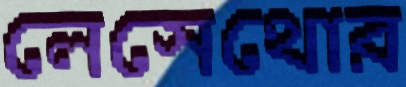
লেসেথোর